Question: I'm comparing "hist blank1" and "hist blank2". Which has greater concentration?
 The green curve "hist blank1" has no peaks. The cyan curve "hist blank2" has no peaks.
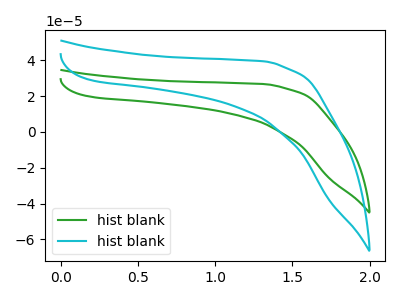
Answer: <think>Neither "hist blank1" or "hist blank2" have any peaks.
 </think>
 <answer>I cant tell if "hist blank1" or "hist blank2" has higher concentration.</answer>
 <eval>mixed_concentration</eval>